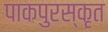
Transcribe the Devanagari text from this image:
पाकपुरस्कृत